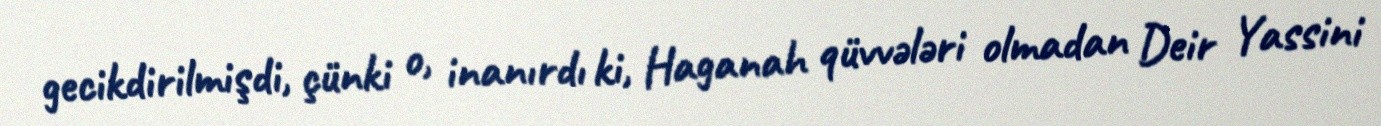
gecikdirilmişdi, çünki o, inanırdı ki, Haganah qüvvələri olmadan Deir Yassini